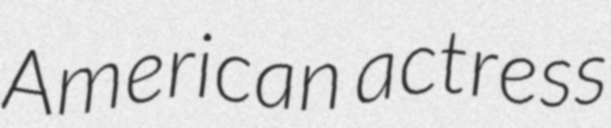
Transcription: American actress